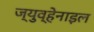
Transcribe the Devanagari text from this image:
ज्युव्हेनाइल